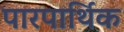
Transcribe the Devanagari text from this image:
पारपार्थिक